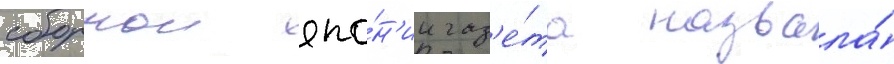
сборнои япо́н'ии газ'е́та назвала́